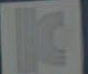
B